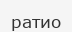
ратио